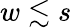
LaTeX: w\lesssim s